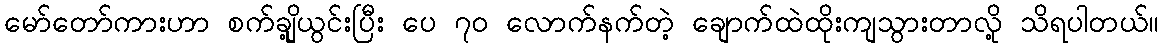
မော်တော်ကားဟာ စက်ချို့ယွင်းပြီး ပေ ၇၀ လောက်နက်တဲ့ ချောက်ထဲထိုးကျသွားတာလို့ သိရပါတယ်။